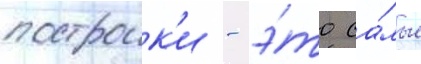
построик'и - э́то са́мые